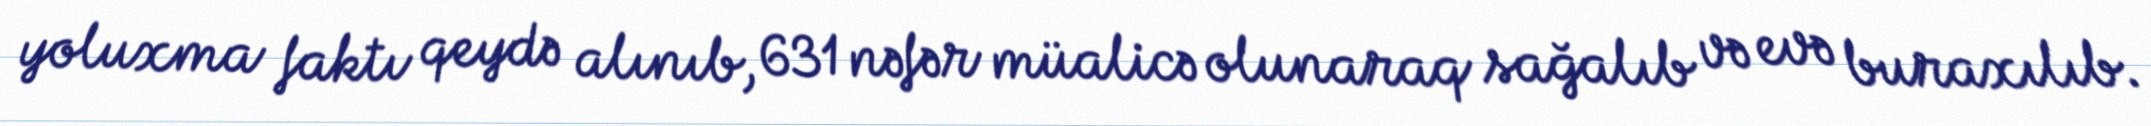
yoluxma faktı qeydə alınıb, 631 nəfər müalicə olunaraq sağalıb və evə buraxılıb.